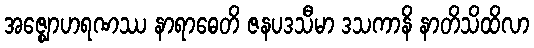
အဇ္ဈောဟရဏဿ နာရာဓေတိ ဇနပဒသီမာ ဒသကာနိ နာတိသိထိလာ